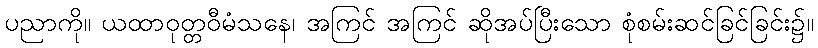
ပညာကို။ ယထာဝုတ္တဝီမံသနေ၊ အကြင် အကြင် ဆိုအပ်ပြီးသော စုံစမ်းဆင်ခြင်ခြင်း၌။